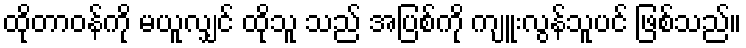
ထိုတာဝန်ကို မယူလျှင် ထိုသူ သည် အပြစ်ကို ကျူးလွန်သူပင် ဖြစ်သည်။